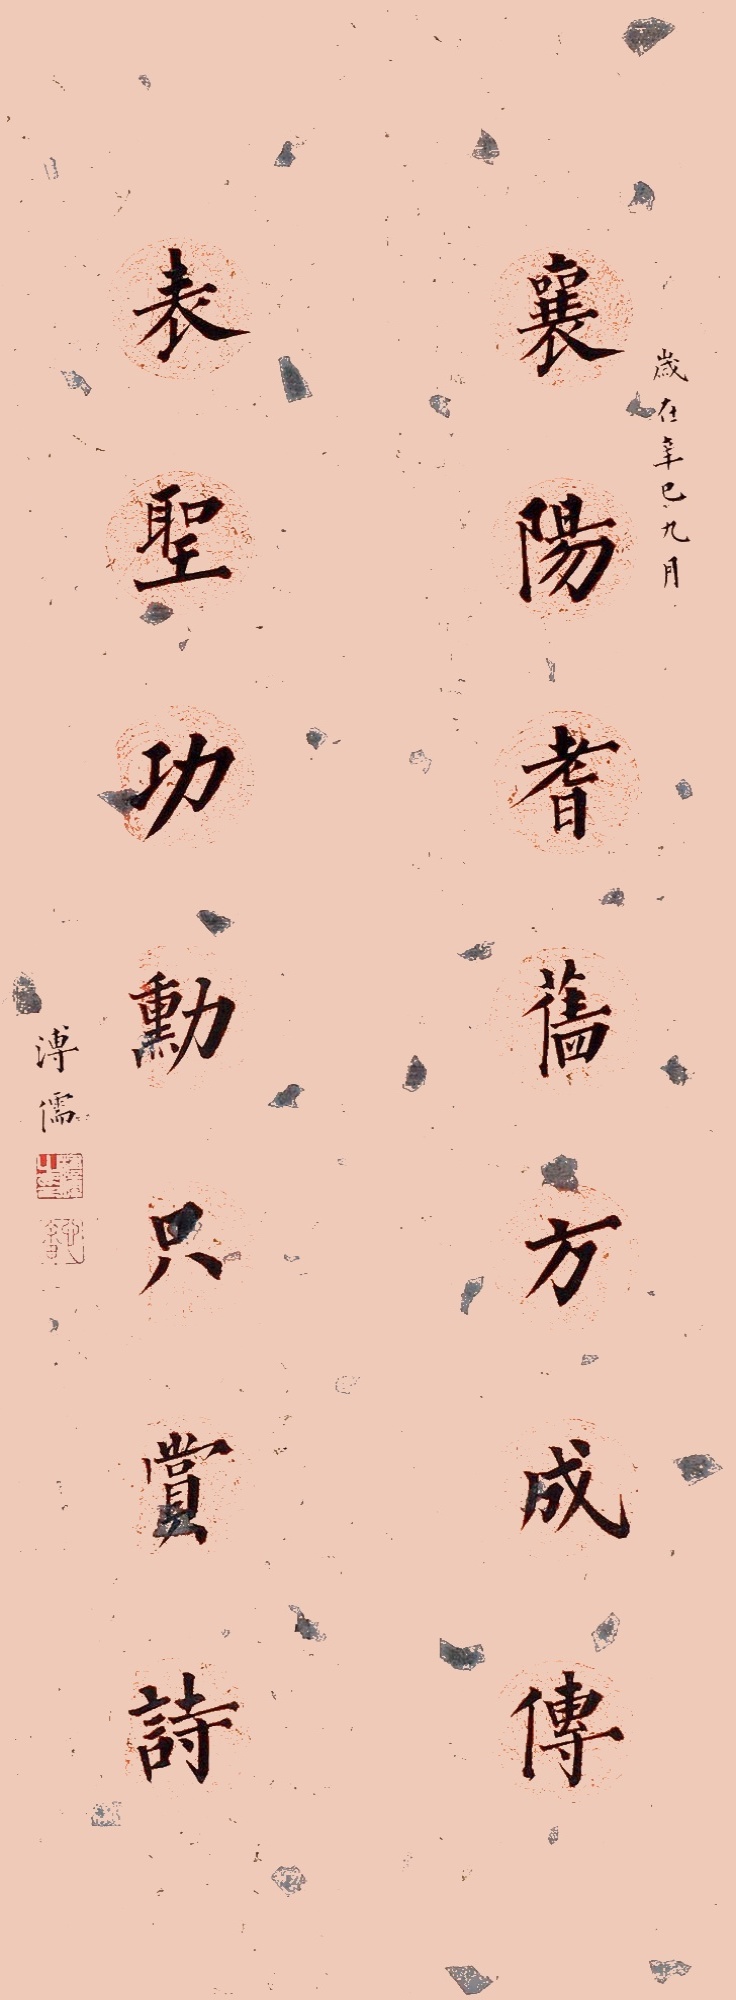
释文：襄阳耆旧方成傅，表圣功勋只赏诗。岁在辛巳九月，溥儒。